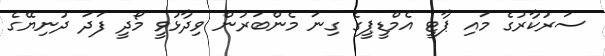
ސަރުކާރުގެ މައި ޕާޓީ އެމްޑީޕީގެ ގިނަ މެންބަރުން ވިދާޅުވީ މޯދީ ފަދަ ދުނިޔޭގެ